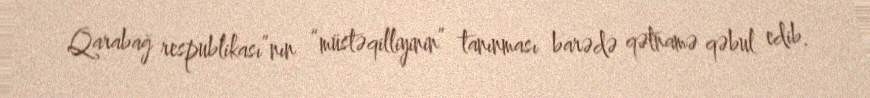
Qarabağ respublikası”nın “müstəqilliyinin” tanınması barədə qətnamə qəbul edib.